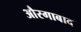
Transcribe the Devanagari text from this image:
औरगाबाद